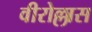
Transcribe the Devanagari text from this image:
वीरोल्लास